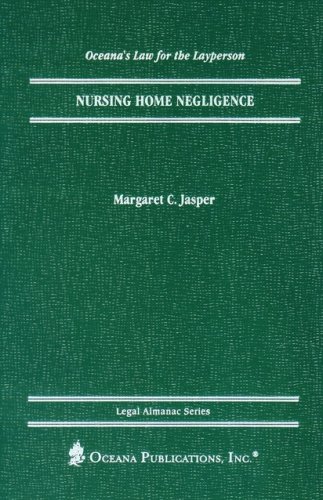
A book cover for Nursing Home Negligence (Legal Almanac Series); Margaret Jasper; Law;